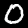
Label: 0